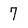
Character: 7